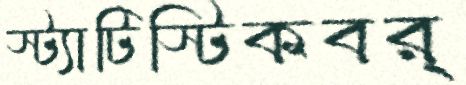
স্ট্যাটিস্টিকবর্